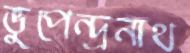
ভুপেন্দ্রনাথ